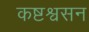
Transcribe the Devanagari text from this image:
कष्टश्वसन